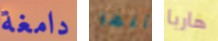
دامغة أنها هاربا